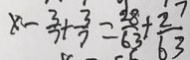
x - \frac { 7 } { 3 } + \frac { 3 } { 7 } = \frac { 2 8 } { 6 3 } + \frac { 2 7 } { 6 3 }